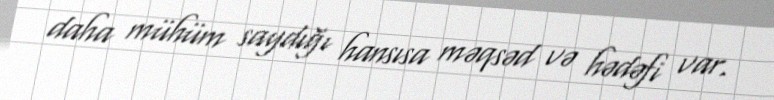
daha mühüm saydığı hansısa məqsəd və hədəfi var.